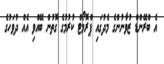
އެ ބްރޭންޑް ޒުވާނުންގެ މެދުގައި ޕްރޮމޯޓް ކުރުމުގެ ގޮތުން ބޭއްވި އެއް ދުވަހުގެ